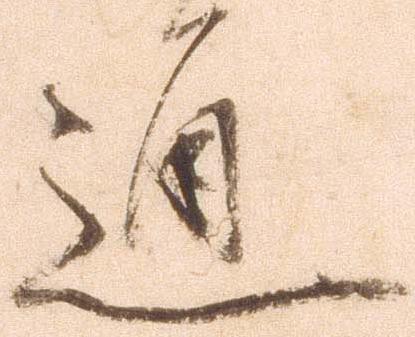
通